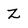
Character: Z